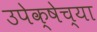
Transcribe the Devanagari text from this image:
उपेक्षेच्या